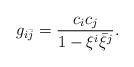
LaTeX: \begin{align*}g_{i\bar{j}}=\frac{c_i c_j}{1-\xi^i\bar{\xi}^j}.\end{align*}